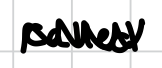
Text: called
Cross-out: zig-zag
Writing tool: digital_black